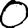
Digit: 0